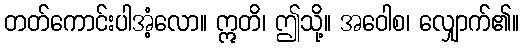
တတ်ကောင်းပါအံ့လော။ ဣတိ၊ ဤသို့။ အဝေါစ၊ လျှောက်၏။